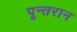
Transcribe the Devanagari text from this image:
पून्तरान